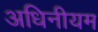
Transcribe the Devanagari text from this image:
अधिनीयम